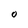
Character: O